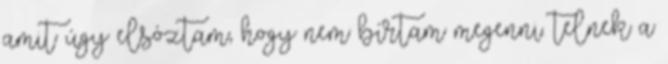
amit úgy elsóztam, hogy nem bírtam megenni. telnek a